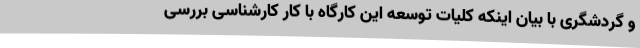
و گردشگری با بیان اینکه کلیات توسعه این کارگاه با کار کارشناسی بررسی